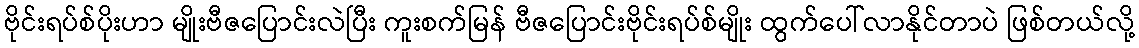
ဗိုင်းရပ်စ်ပိုးဟာ မျိုးဗီဇပြောင်းလဲပြီး ကူးစက်မြန် ဗီဇပြောင်းဗိုင်းရပ်စ်မျိုး ထွက်ပေါ်လာနိုင်တာပဲ ဖြစ်တယ်လို့